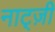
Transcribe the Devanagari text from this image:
नाट्ज़ी